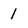
Character: 1